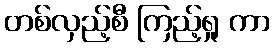
တစ်လှည့်စီ ကြည့်ရှု ကာ